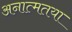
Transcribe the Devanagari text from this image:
अनात्मतया